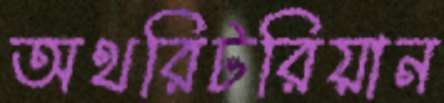
অথরিটরিয়ান